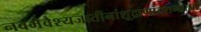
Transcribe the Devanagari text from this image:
नवमेवैश्यजातीनांशूद्राणांदशमात्परं